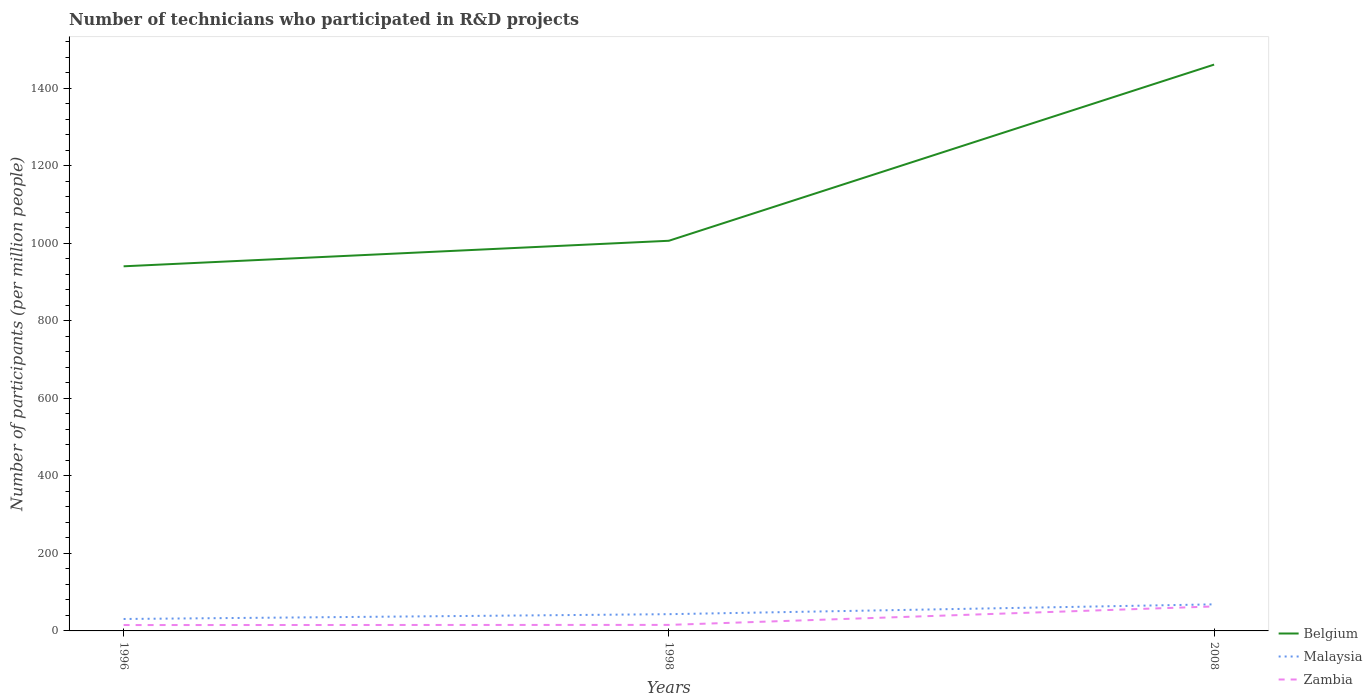
| Years | Belgium | Malaysia | Zambia |
 | --- | --- | --- | --- |
 | 1996 | 941 | 30.8 | 15.2 |
 | 1998 | 1.01e+03 | 43.2 | 15.5 |
 | 2008 | 1.46e+03 | 68.6 | 63.2 |